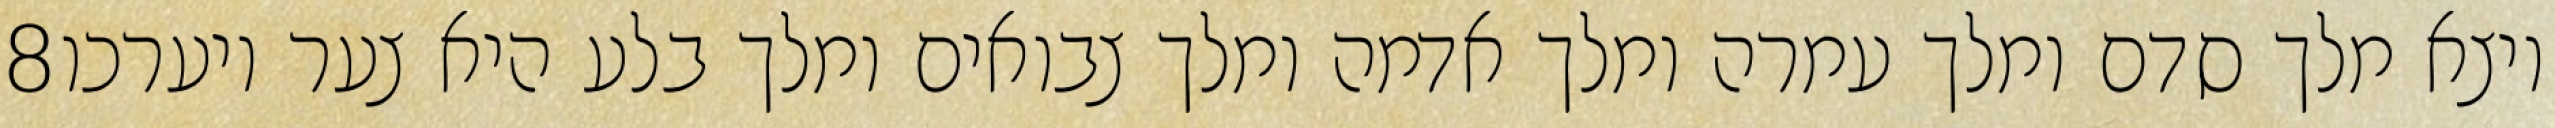
‎8‏ ויצא מלך סדם ומלך עמרה ומלך אדמה ומלך צבואים ומלך בלע היא צער ויערכו